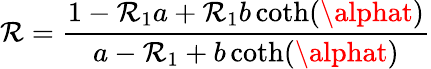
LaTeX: \mathcal{R}=\frac{{1-\mathcal{R}_{1}a+\mathcal{R}_{1}b\coth(\alphat)}}{{a-\mathcal{R}_{1}+b\coth(\alphat)}}